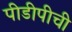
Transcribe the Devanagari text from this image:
पीडीपीची